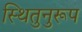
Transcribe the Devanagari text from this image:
स्थितुनुरूप